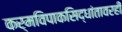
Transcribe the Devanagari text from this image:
कर्मविपाकसिद्धांतावरही